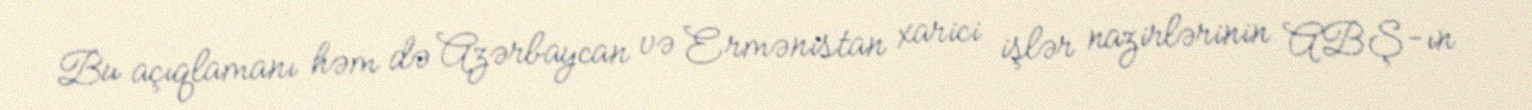
Bu açıqlamanı həm də Azərbaycan və Ermənistan xarici işlər nazirlərinin ABŞ-ın